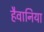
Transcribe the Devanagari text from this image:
हैवानिया